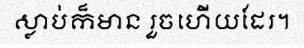
ស្លាប់ក៏មាន រួចហើយដែរ។